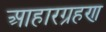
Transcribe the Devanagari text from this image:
आहारग्रहण